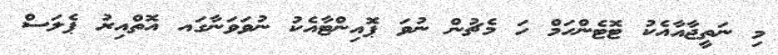
މި ނަތީޖާއާއެކު ޓޮޓެންހަމް ހަ މެޗުން ނުވަ ޕޮއިންޓާއެކު ނުވަވަނާގައ އޮތްއިރު ޕެލަސް